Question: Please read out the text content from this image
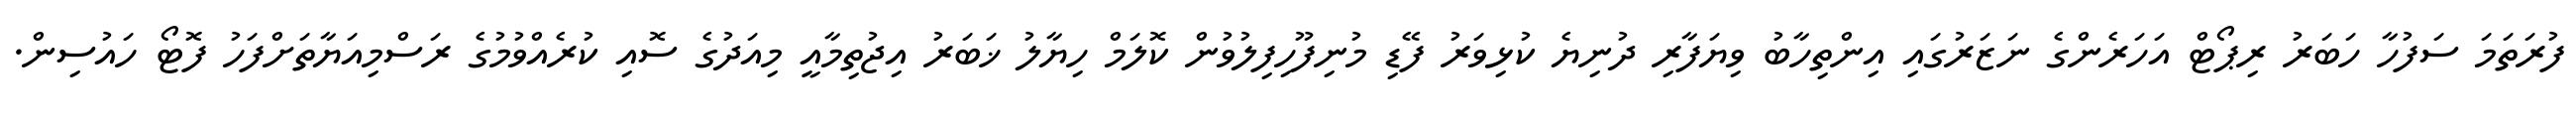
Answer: ފުރަތަމަ ސަފުހާ ހަބަރު ރިޕޯޓް އަހަރެންގެ ނަޒަރުގައި އިންތިހާބު ވިޔަފާރި ދުނިޔެ ކުޅިވަރު ފޭޑި މުނިފޫހިފިލުވުން ކޮލަމް ހިޔާލު ޚަބަރު އިޖުތިމާއީ މިއަދުގެ ސޮއި ކުރެއްވުމުގެ ރަސްމިއަޔާތަށްފަހު ފޮޓޯ ހައުސިން.